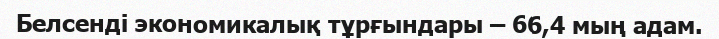
Белсенді экономикалық тұрғындары – 66,4 мың адам.